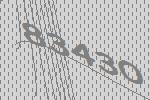
83430